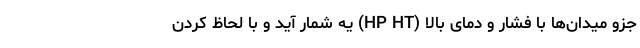
جزو میدان‌ها با فشار و دمای بالا (HP HT) یه شمار آید و با لحاظ کردن